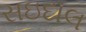
સઇદાલ